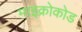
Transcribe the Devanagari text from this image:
माइक्रोकोड